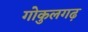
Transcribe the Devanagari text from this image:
गोकुलगढ़